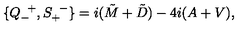
\{ Q _ { - } ^ { \enskip + } , S _ { + } ^ { \enskip - } \} = i ( \tilde { M } + \tilde { D } ) - 4 i ( A + V ) ,